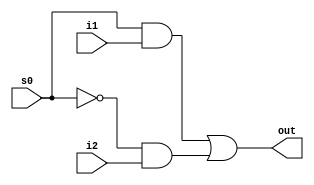
module mux21(s0,i1,i2,out);
input s0,i1,i2;
output reg out;
wire o1,o2;
always @(i2 or i2 or s0)
begin
out = (s0 & i1) | (~s0 & i2);
end
endmodule